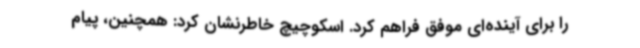
را برای آینده‌ای موفق فراهم کرد. اسکوچیچ خاطرنشان کرد: همچنین، پیام